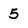
Character: 5